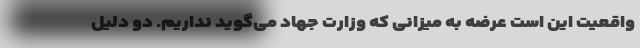
واقعیت این است عرضه به میزانی که وزارت جهاد می‌گوید نداریم. دو دلیل